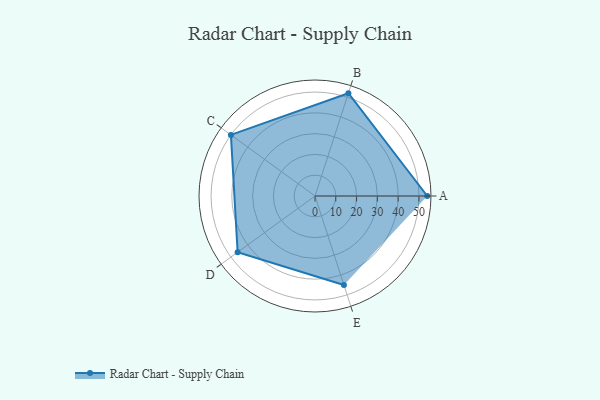
{"axis": {"x": "Skill", "y": "Score"}, "legend": ["Profile"], "data": [{"x": "A", "y": 54.0, "type": "Profile"}, {"x": "B", "y": 52.0, "type": "Profile"}, {"x": "C", "y": 50.0, "type": "Profile"}, {"x": "D", "y": 46.0, "type": "Profile"}, {"x": "E", "y": 45.0, "type": "Profile"}]}